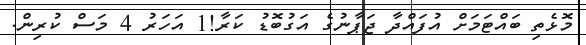
މޮޅެތި ބައްޓަމަށް އުފައްދާ ޖަޕާނުގެ އަގުބޮޑު ކަރާ!1 އަހަރު 4 މަސް ކުރިން.